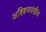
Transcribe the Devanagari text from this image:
अहिहयवंशीय